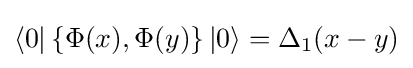
\langle 0|\left\{\Phi (x),\Phi (y)\right\}|0\rangle =\Delta _{1}(x-y)